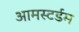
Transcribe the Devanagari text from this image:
आमस्टर्डम